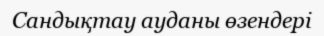
Сандықтау ауданы өзендері